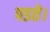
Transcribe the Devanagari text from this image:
पडते।